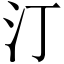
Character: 汀